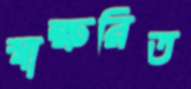
স্বাক্ষরিত